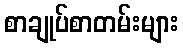
စာချုပ်စာတမ်းများ